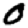
Digit: 0